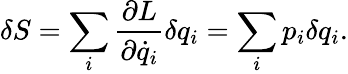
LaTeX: \delta S=\sum_{i}{\frac{\partial L}{\partial{\dot{q}}_{i}}}\delta q_{i}=\sum_{i}p_{i}\delta q_{i}.